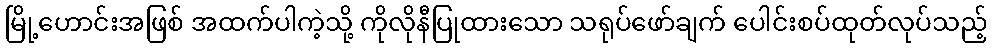
မြို့ဟောင်းအဖြစ် အထက်ပါကဲ့သို့ ကိုလိုနီပြုထားသော သရုပ်ဖော်ချက် ပေါင်းစပ်ထုတ်လုပ်သည့်